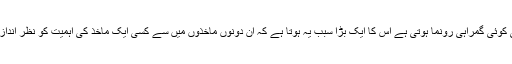
امت میں جب بھی کوئی گمراہی رونما ہوتی ہے اس کا ایک بڑا سبب یہ ہوتا ہے کہ ان دونوں ماخذوں میں سے کسی ایک ماخذ کی اہمیت کو نظر انداز کر دیا جاتا ہے ۔